Vital statistics of India. Vol. V, Reports of 1876 on armies & jails and on epidemic cholera
Year: 1876
Disease focus: Cholera
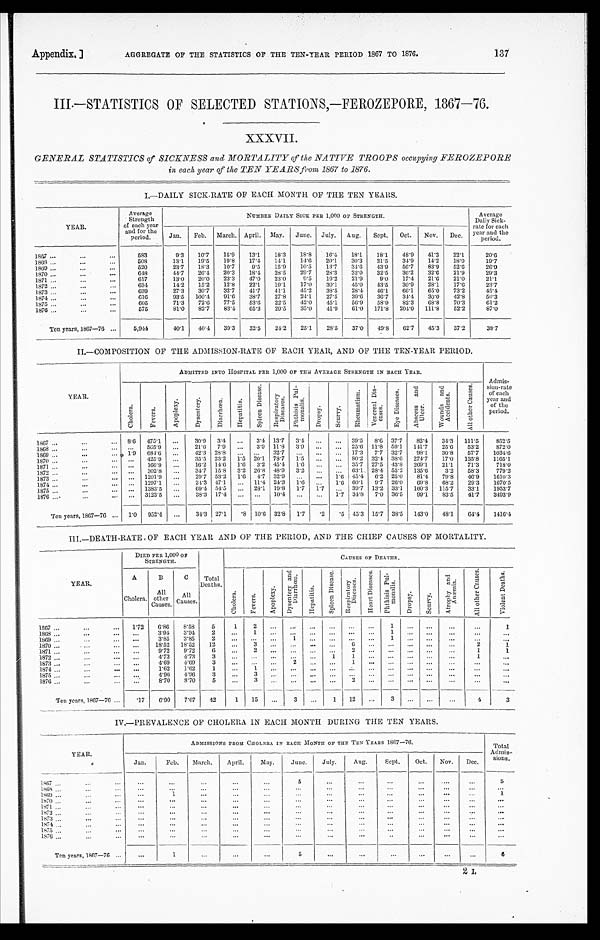
Appendix. ]
AGGREGATE OF THE STATISTICS OF THE TEN-YEAR PERIOD 1867 TO 1876.
137
III.—STATISTICS OF SELECTED STATIONS, —FEROZEPORE, 1867—76.
XXXVII.
GENERAL STATISTICS of SICKNESS and MORTALITY of the NATIVE TROOPS occupying FEROZEPORE
in each year of the TEN YEARS from 1867 to 1876.
I,—DAILY SICK-RATE OF EACH MONTH OF THE TEN YEARS.
YEAR.
Average
Strength
of each year
and for the
period.
NUMBER DAILY SICK PER 1,000 OF STRENGTH.
Average
Daily Sick -
rate for each
year and the
period.
Jan.
Feb.
March. April. May.
June.
July.
Aug.
Sept.
Oct.
Nov.
Dec.
1867 . . .
5 8 3
9.3
10.7
15.9
13.1
18.3
18.8
16.4
18.1
18.1
48.9
41.3
22.1
20.6
1868 . . .
508
13.1
19.5
19.8
17.1
14.1
14.6
20.1
30.3
31.5
34.9
14.2
18.0
19. 7
1869 . . .
520
23.7
18.3
10.7
9.5
15.9
10.5
13.7
34.6
43.9
56.7
83.9
52.6
26.9
1870 . . .
648
44.7
26.4
20.3
18.4
28.5
29.7
28.3
32.0
32.5
36.2
32.6
21.9
29.3
1 8 7 1 . . .
617
13.0
20.0
23.3
47.0
23.0
9.5
19.2
21.9
9.0
17.4
21.6
21.6
21.1
1872 . . .
634
14.2
15.2
12.8
22.1
19.1
17.0
30.1
45.0
43.5
30.9
28.1
17.6
23.7
1873 . . .
639
27.3
30.7
32.7
41.7
41.1
45.2
38.5
28.1
46.1
66.1
65.0
73.2
45. 4
1874 . . .
616
93.5
100.4
91.6
38.7
27.8
24.1
27.5
39.6
36.7
34.4
30.0
42.8
50.3
1875 . . .
605
71.3
72.6
77.5
53.6
22.5
42.0
45.1
56.0
58.9
82.3
68.8
70.3
61.2
1876 . . .
575
81.0
82.7
83.4
65.3
29.5
35.0
41.9
61.0
171.8
204.0
111.8
52.2
87.0
Ten years, 1867—76 . . .
5,944
40.1
40.4
39.3
32.5
24.2
25.1
28.5
37.0
49.8
62.7
45.3
37.2
38.7
II—COMPOSITION OF THE ADMISSION-RATE OF EACH YEAR, AND OF THE TEN-YEAR PERIOD.
YEAR.
ADMITTED INTO HOSPITAL PER 1,000 OF THE AVERAGE STRENGTH IN EACH YEAR.
Ad m i s -
sion-rate
of each
year and
of the
period.
C h o l e r a .
F e v e r s .
A p o p l e x y .
D y s e n t e r y .
D i a r r h œ a .
H e p a t i t i s .
S p l e e n D i s e a s e .
R e s p i r a t o r y D i s e a s e s .
P h t h i s i s P u l - m o n a l i s .
D r o p s y .
S c u r v y .
R h e u m a t i s m .
V e n e r e a l D i s - e a s e s .
E y e D i s e a s e s .
A b s c e s s a n d U l c e r .
W o u n d s a n d A c c i d e n t s .
A l l o t h e r C a u s e s .
1867 . . .
8.6 475.1
. . .
30.9
3.4
. . . 3.4 13.7
3.4
. . .
. . . 39.5
8.6 37.7
82.4
34.3
111.5
852.5
1868 . . .
. . .
505.9
. . .
21.6
7.9
. . . 3.9 11.8
3.9
. . .
. . . 25.6 11.8 59.1
141.7
25.6
53.2
872.0
1869 . . .
1.9
684.6
. . .
42.3 28.8
. . .
. . .
32.7
. . .
. . .
. . . 17.3
7.7 32.7
98.1
30.8
57.7
1034.6
1870 . . .
. . .
425.9
. . .
35.5 23.2
1.5 20.1 78.7
1.5
. . .
. . . 80.2 32.4 38.6
274.7
17.0
135.8
1165.1
1871 . . .
. . .
166.9
. . .
16.2 14.6
1.6
3.2 45.4
1.6
. . .
. . . 35.7 27.5 43.8
269.1
21.1
71.3
718.0
1872 . . .
. . .
302.8
. . .
34.7 15.8
3.2 26.8 48.9
3.2
. . .
. . . 63.1 28.4 55.2
135.6
3.2
58.3
779.2
1873 . . .
. . . 1201.9
. . .
29.7 53.2
1.6
4.7 32.9
. . .
. . .
1.6 45.4 6.2 25.0
81.4
79.8
46.9
1610.3
1 8 7 4 . . .
. . . 1297.1
. . .
24.3 47.1
. . . 11.4 24.3
1.6
. . .
1.6 60.1
9.7 26.0
69.8
68.2
29.3
1670.5
1875 . . .
. . . 1383.5
. . .
6 9 . 4
5 4 . 5
. . . 28.1. 19.8
1.7
1 . 7
. . . 39.7. 13.2. 33.1
160.3. 115.7.
33.1
1953.7
1876 . . .
. . . 3123.5
. . .
38.3 17.4
. . .
. . .
10.4
. . .
. . .
1.7 34.8
7.0 36.5
99.1
83.5
41.7
3493.9
Ten years, 1867—70 . . .
1.0
952.4
. . .
34.3 27.1
. 8 10.6 32.8 1.7
.2
.5 45.3
15.7 38.5
143.0
48.1
64.4
1416.4
III.—DEATH-RATE OF EACH YEAR AND OF THE PERIOD, AND THE CHIEF CAUSES OF MORTALITY.
YEAR.
DIED PER 1,000 OF
STRENGTH.
CAUSES OF DEATHS.
A
Cholera.
B
All
other c A U S E S .
C a u s e s .
Total
Deaths.
C h o l e r a .
F e v e r s .
A p o p l e x y .
D y s e n t e r y a n d D i a r r h œ a .
H e p a t i t i s .
S p l e e n D i s e a s e .
R e s p i r a t o r y D i s e a s e s .
H e a r t D i s e a s e .
P h t h i s i s P u l - m o n a l i s .
D r o p s y .
S c u r v y .
A t r o p h y a n d A n æ m i a .
A l l o t h e r C a u s e s .
V i o l e n t D e a t h s .
1 8 6 7 . . .
1.72
6.86
8.58
5
1
2
. . .
. . .
. . .
. . .
. . .
. . .
1
. . . .
. . .
. . .
. . .
1
1868 . . .
. . . 3.94
3.94
2
. . .
1
. . .
. . .
. . .
. . .
. . .
. . .
1
. . .
. . .
. . .
. . .
. . .
1 8 6 9 . . .
. . .
3.85
3.85
2
. . .
. . .
. . .
1
. . .
. . .
. . .
. . .
1
. . .
. . .
. . .
. . .
. . .
1870 . . .
. . . 18.52
18.52
12
. . .
3
. . .
. . .
. . .
. . .
6
. . .
. . .
. . .
. . .
. . .
2
1
1871 . . .
. . . 9.72
9.72
6
. . . 2
. . .
. . .
. . .
. . .
2
. . .
. . .
. . .
. . .
. . .
1
1
1872 . . .
. . . 4.73
4.73
3
. . .
. . .
. . .
. . .
. . .
1
1
. . .
. . .
. . .
. . .
. . .
1
. . .
1873 . . .
. . . 4.69
4.69
3
. . .
. . .
. . .
2
. . .
. . .
1
. . .
. . .
. . .
. . .
. . .
. . .
. . .
1874 . . .
. . . 1.62
1.62
1
. . .
1
. . .
. . .
. . .
. . .
. . .
. . .
. . .
. . .
. . .
. . .
. . .
. . .
1875 . . .
. . . 4.96
4.96
3
. . .
3
. . .
. . .
. . .
. . .
. . .
. . .
. . .
. . .
. . .
. . .
. . .
. . .
1876 . . .
. . . 8.70
8.70
5
. . .
3
. . .
. . .
. . .
. . .
2
. . .
. . .
. . .
. . .
. . .
. . .
. . .
Ten years, 1867—76 . . .
.17
6.90
7.07
42
1
15
. . .
3
. . . 1
12
. . .
3
. . .
. . .
. . .
4
3
IV.—PREVALENCE OF CHOLERA IN EACH MONTH DURING THE TEN YEARS.
YEAR.
ADMISSIONS FROM CHOLERA IN EACH MONTH OF THE TEN YEARS 1867—76.
Total
Admis-
sions.
Jan.
Feb.
March.
April.
May.
June.
July.
Aug.
Sept.
Oct.
Nov.
Dec.
1867 . . .
. . .
. . .
. . .
. . .
. . .
5
. . .
. . .
. . .
. . .
. . .
. . .
5
1868 . . .
. . .
. . .
. . .
. . .
. . .
. . .
. . .
. . .
. . .
. . .
. . .
. . .
. . .
1869 . . .
. . .
1
. . .
. . .
. . .
. . .
. . .
. . .
. . .
. . .
. . .
. . .
1
1870 . . .
. . .
. . .
. . .
. . .
. . .
. . .
. . .
. . .
. . .
. . .
. . .
. . .
. . .
1871 . . .
. . .
. . .
. . .
. . .
. . .
. . .
. . .
. . .
. . .
. . .
. . .
. . .
. . .
1872 . . .
. . .
. . .
. . .
. . .
. . .
. . .
. . .
. . .
. . .
. . .
. . .
. . .
. . .
1873 . . .
. . .
. . .
. . .
. . .
. . .
. . .
. . .
. . .
. . .
. . .
. . .
. . .
. . .
1874 . . .
. . .
. . .
. . .
. . .
. . .
. . .
. . .
. . .
. . .
. . .
. . .
. . .
. . .
1875 . . .
. . .
. . .
. . .
. . .
. . .
. . .
. . .
. . .
. . .
. . .
. . .
. . .
. . .
1876 . . .
. . .
. . .
. . .
. . .
. . .
. . .
. . .
. . .
. . .
. . .
. . .
. . .
. . .
Ten years, 1867—76 . . .
. . .
1
. . .
. . .
. . .
5
. . .
. . .
. . .
. . .
. . .
. . .
6
2 I .